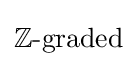
{\textstyle \operatorname {\mathbb {Z} -graded} }